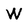
Character: W